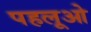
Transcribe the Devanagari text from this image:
पहलूओ